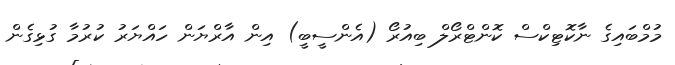
މުމްބައިގެ ނާކޮޓިކްސް ކޮންޓްރޯލް ބިއުރޯ (އެންސީބީ) އިން އާރްޔަން ހައްޔަރު ކުރުމާ ގުޅިގެން